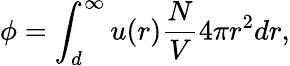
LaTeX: \phi=\int_{d}^{\infty}u(r){\frac{N}{V}}4\pi r^{2}dr,